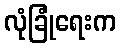
လုံခြုံရေးက